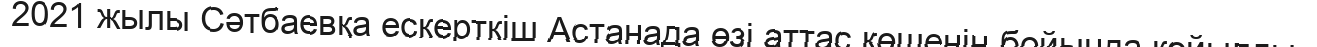
2021 жылы Сәтбаевқа ескерткіш Астанада өзі аттас көшенің бойында қойылды.